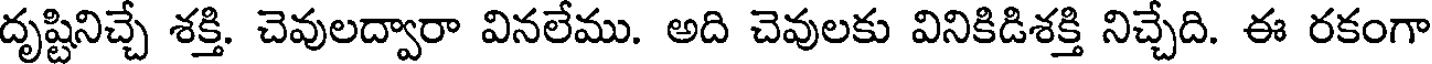
దృష్టినిచ్చే శక్తి. చెవులద్వారా వినలేము. అది చెవులకు వినికిడిశక్తి నిచ్చేది. ఈ రకంగా